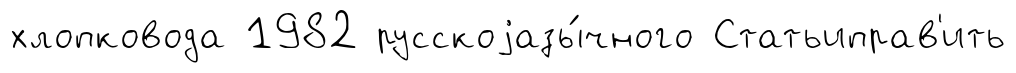
хлопковода 1982 русскоjазы́чного Статьиправ'ить